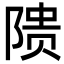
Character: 𬯎